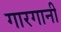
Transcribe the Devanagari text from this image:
गारगानी